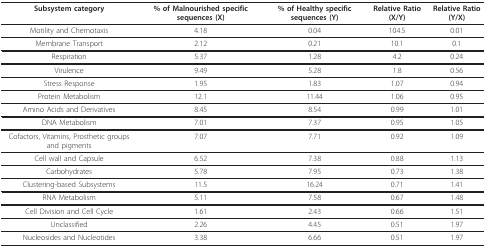
<table><thead><tr><td><b>Subsystem category</b></td><td><b>% of Malnourished specific sequences (X)</b></td><td><b>% of Healthy specific sequences (Y)</b></td><td><b>Relative Ratio (X/Y)</b></td><td><b>Relative Ratio (Y/X)</b></td></tr></thead><tbody><tr><td>Motility and Chemotaxis</td><td>4.18</td><td>0.04</td><td>104.5</td><td>0.01</td></tr><tr><td>Membrane Transport</td><td>2.12</td><td>0.21</td><td>10.1</td><td>0.1</td></tr><tr><td>Respiration</td><td>5.37</td><td>1.28</td><td>4.2</td><td>0.24</td></tr><tr><td>Virulence</td><td>9.49</td><td>5.28</td><td>1.8</td><td>0.56</td></tr><tr><td>Stress Response</td><td>1.95</td><td>1.83</td><td>1.07</td><td>0.94</td></tr><tr><td>Protein Metabolism</td><td>12.1</td><td>11.44</td><td>1.06</td><td>0.95</td></tr><tr><td>Amino Acids and Derivatives</td><td>8.45</td><td>8.54</td><td>0.99</td><td>1.01</td></tr><tr><td>DNA Metabolism</td><td>7.01</td><td>7.37</td><td>0.95</td><td>1.05</td></tr><tr><td>Cofactors, Vitamins, Prosthetic groups and pigments</td><td>7.07</td><td>7.71</td><td>0.92</td><td>1.09</td></tr><tr><td>Cell wall and Capsule</td><td>6.52</td><td>7.38</td><td>0.88</td><td>1.13</td></tr><tr><td>Carbohydrates</td><td>5.78</td><td>7.95</td><td>0.73</td><td>1.38</td></tr><tr><td>Clustering-based Subsystems</td><td>11.5</td><td>16.24</td><td>0.71</td><td>1.41</td></tr><tr><td>RNA Metabolism</td><td>5.11</td><td>7.58</td><td>0.67</td><td>1.48</td></tr><tr><td>Cell Division and Cell Cycle</td><td>1.61</td><td>2.43</td><td>0.66</td><td>1.51</td></tr><tr><td>Unclassified</td><td>2.26</td><td>4.45</td><td>0.51</td><td>1.97</td></tr><tr><td>Nucleosides and Nucleotides</td><td>3.38</td><td>6.66</td><td>0.51</td><td>1.97</td></tr></tbody></table>